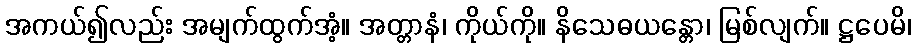
အကယ်၍လည်း အမျက်ထွက်အံ့။ အတ္တာနံ၊ ကိုယ်ကို။ နိသေဓယန္တော၊ မြစ်လျက်။ ဋ္ဌပေမိ၊